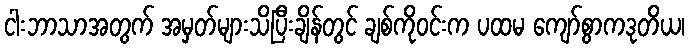
ငါးဘာသာအတွက် အမှတ်များသိပြီးချိန်တွင် ချစ်ကိုဝင်းက ပထမ ကျော်စွာကဒုတိယ၊